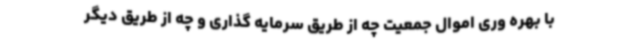
با بهره وری اموال جمعیت چه از طریق سرمایه گذاری و چه از طریق دیگر